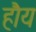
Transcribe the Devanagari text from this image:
हौय